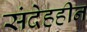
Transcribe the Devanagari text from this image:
संदेहहीन